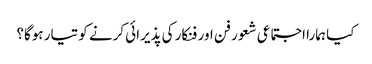
کیا ہمارا اجتماعی شعور فن اور فنکار کی پذیرائی کرنے کو تیار ہوگا؟